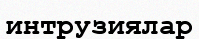
интрузиялар